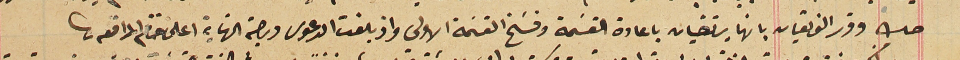
صك وقرر الفريقان بانها يرتضيان باعادة القسَمة وفسَخ القسَمة الاولي واذ بلغت الدعوى درجة النهاية اعلن ختام المرافعه